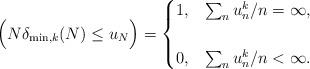
LaTeX: \begin{align*}\Big(N \delta_{\min, k}(N) \leq u_N \Big) = \begin{cases} 1, & \sum_n u_n^k/n = \infty,\\ \\0, & \sum_n u_n^k/n < \infty. \end{cases}\end{align*}